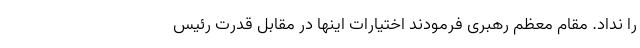
را نداد. مقام معظم رهبری فرمودند اختیارات اینها در مقابل قدرت رئیس